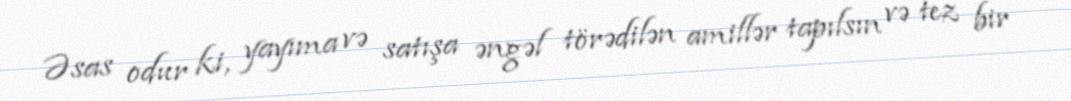
Əsas odur ki, yayıma və satışa əngəl törədilən amillər tapılsın və tez bir